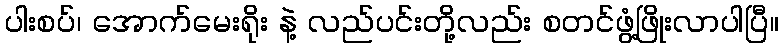
ပါးစပ်၊ အောက်မေးရိုး နဲ့ လည်ပင်းတို့လည်း စတင်ဖွံ့ဖြိုးလာပါပြီ။